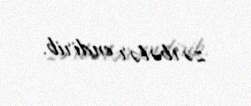
zərbələr endirib.